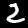
Digit: 2